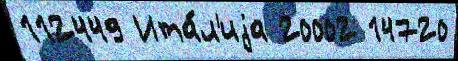
112449 Ита́л'иjа 20002 14720